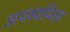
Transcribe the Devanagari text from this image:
अपव्ययिता